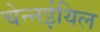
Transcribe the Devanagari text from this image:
चेन्नईयिल